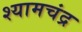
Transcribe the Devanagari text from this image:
श्यामचंद्र